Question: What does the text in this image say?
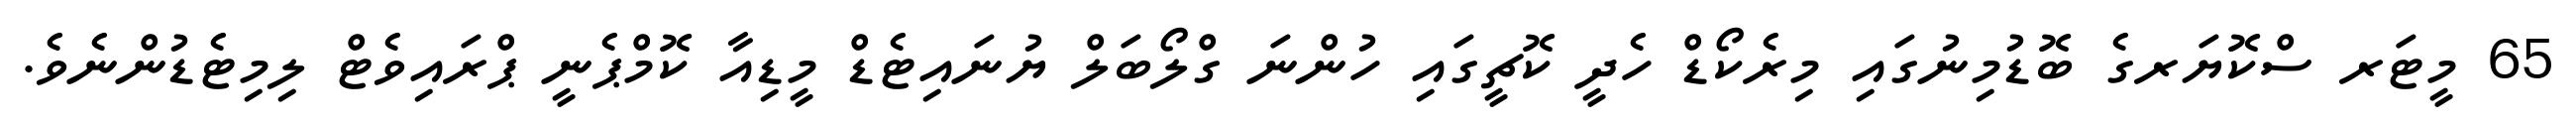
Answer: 65 މީޓަރ ސްކޮޔަރގެ ބޮޑުމިނުގައި މިރެކޯޑް ހެދީ ކޮޗީގައި ހުންނަ ގްލޯބަލް ޔުނައިޓެޑް މީޑިއާ ކޮމްޕެނީ ޕްރައިވެޓް ލިމިޓެޑުންނެވެ.